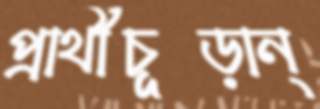
প্রার্থীচূড়ান্